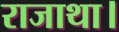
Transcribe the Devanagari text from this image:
राजाथा।